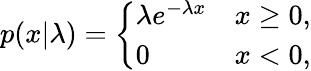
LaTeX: p(x|\lambda)={\left\{ \begin{array}{ll}{\lambda e^{-\lambda x}}&{x\geq 0,}\\ {0}&{x<0,}\end{array}\right.}